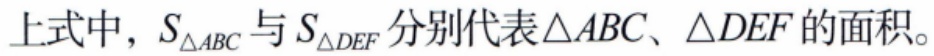
上式中，\(S_{\triangle ABC}\)与\(S_{\triangle DEF}\)分别代表\(\triangle ABC\)、\(\triangle DEF\)的面积。